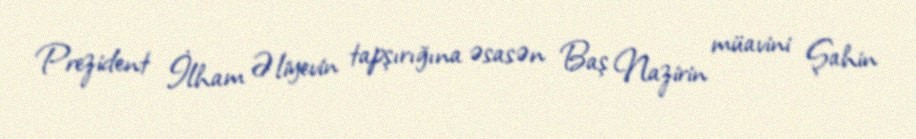
Prezident İlham Əliyevin tapşırığına əsasən Baş Nazirin müavini Şahin